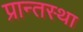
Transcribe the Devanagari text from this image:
प्रान्तस्था